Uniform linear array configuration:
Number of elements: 12
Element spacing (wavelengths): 1
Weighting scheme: blackman
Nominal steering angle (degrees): -60
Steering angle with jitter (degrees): -60.727
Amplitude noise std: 0.05
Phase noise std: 0.05

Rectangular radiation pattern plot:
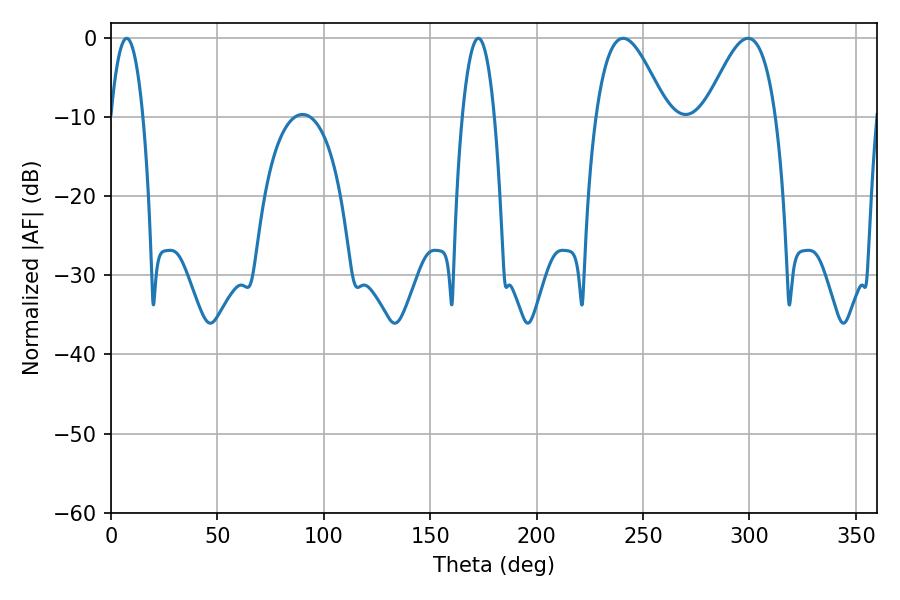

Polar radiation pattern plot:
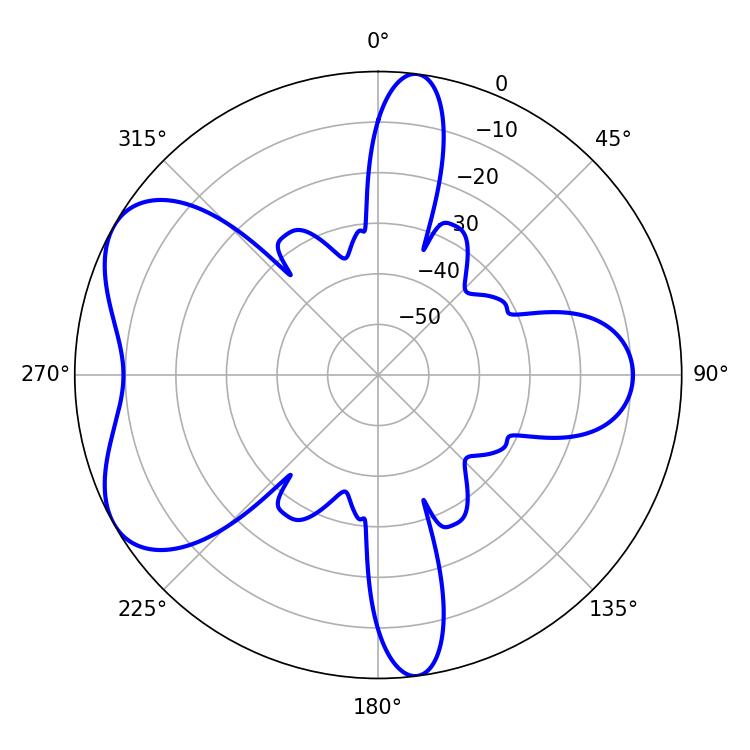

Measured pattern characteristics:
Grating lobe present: TRUE
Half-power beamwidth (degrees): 8.28
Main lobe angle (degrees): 7.38